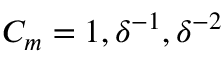
C _ { m } = 1 , \delta ^ { - 1 } , \delta ^ { - 2 }